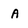
Character: A